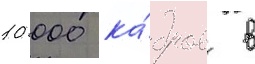
10 000 ка́дров в